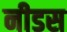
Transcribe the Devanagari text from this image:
नीडस